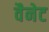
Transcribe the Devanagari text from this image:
वैनेट